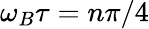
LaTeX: \omega_{B}\tau=n\pi/4